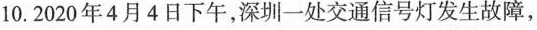
10.2020年4月4日下午，深圳一处交通信号灯发生故障，